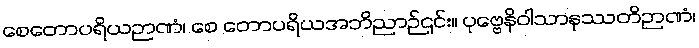
စေတောပရိယဉာဏံ၊ စေ တောပရိယအဘိညာဉ်၎င်း။ ပုဗ္ဗေနိဝါသာနုဿတိဉာဏံ၊